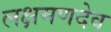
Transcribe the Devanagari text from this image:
लक्षमणदेव